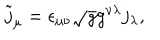
\tilde { j } _ { \mu } = \epsilon _ { \mu \nu } \sqrt { g } g ^ { \nu \lambda } j _ { \lambda } ,